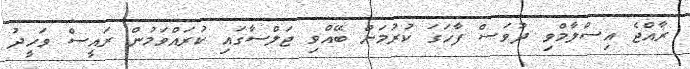
ރާއްޖެ އިސްލާމްވި ދުވަސް ފާހަގަ ކުރުމަށް ބޭއްވި ޖަލްސާގައި ކުރައްވަމުން ރައީސް ވަހީދު